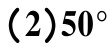
(2)$50^{\circ}$